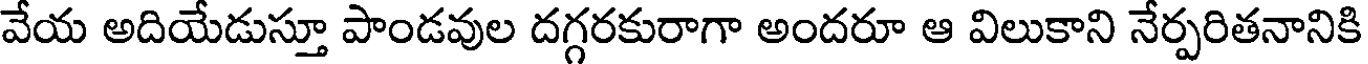
వేయ అదియేడుస్తూ పాండవుల దగ్గరకురాగా అందరూ ఆ విలుకాని నేర్పరితనానికి